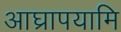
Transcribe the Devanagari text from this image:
आघ्रापयामि